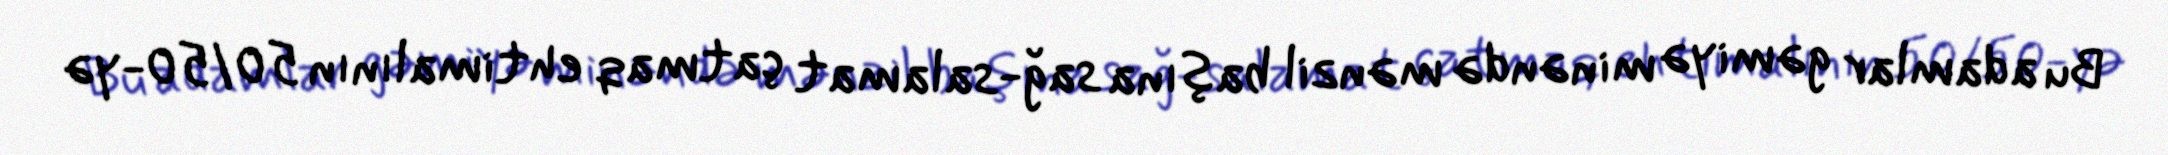
Bu adamlar gəmiyə minəndə mənzil başına sağ-salamat çatmaq ehtimalının 50/50-yə